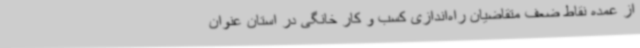
از عمده نقاط ضعف متقاضیان راه‌اندازی کسب و کار خانگی در استان عنوان